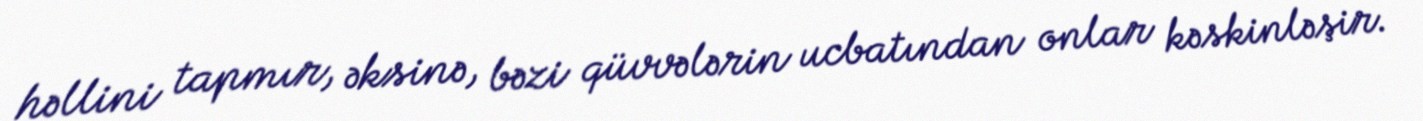
həllini tapmır, əksinə, bəzi qüvvələrin ucbatından onlar kəskinləşir.